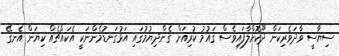
ސިޔާސީ ވާދަވެރިކަން ދޫކޮށްލާފައިވެސް ޤައުމު ކުރިއަށް ގެންދިޔުމުގައި އަޅުގަނޑުމެންނަކީ އެކައްޗެއް ކިޔަން އެނގޭ